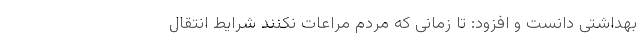
بهداشتی دانست و افزود: تا زمانی که مردم مراعات نکنند شرایط انتقال